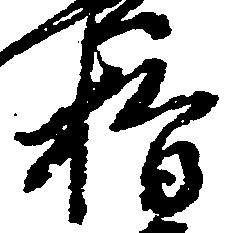
指